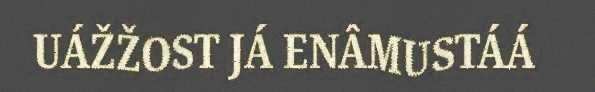
UÁŽŽOST JÁ ENÂMUSTÁÁ